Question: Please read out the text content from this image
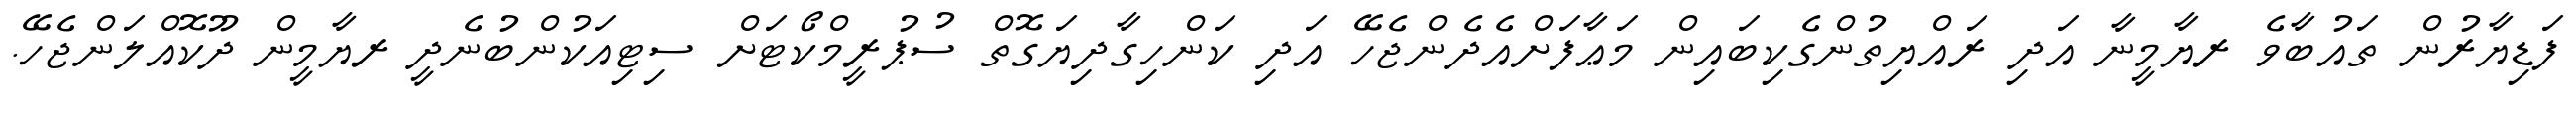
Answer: ފަޑިޔާރުން ތައުބާވެ ރޔާމީނާ އަދި ރައްޔިތުންގެކިބައިން މަޢާފަށްއެދެންޖެހޭ އަދި ކަންހިގާދިޔަގޮތް ސުޕުރީމްކޯޓަށް ސިޓިއަކުންބުނެދީ ރޔާމީން ދޫކޮއްލަންޖެހޭ.